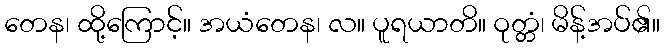
တေန၊ ထို့ကြောင့်။ အယံတေန၊ လ။ ပူရယာတိ။ ဝုတ္တံ၊ မိန့်အပ်၏။